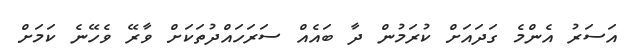
އަސަރު އެންމެ ގަދައަށް ކުރަމުން ދާ ބައެއް ސަރަހައްދުތަކަށް ވާރޭ ވެހޭނެ ކަމަށް